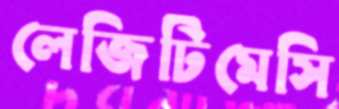
লেজিটিমেসি